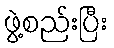
ဖွဲ့စည်းပြီး